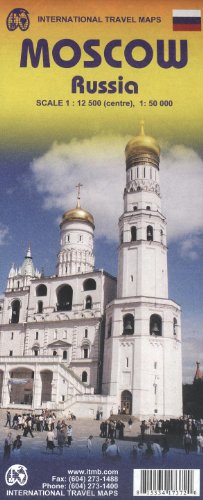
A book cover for Moscow (Russia) 1:12,500 / 50,000 Street Map; ITMB Canada; Travel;